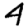
Digit: 4